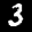
Label: 3